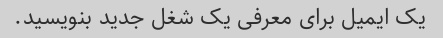
یک ایمیل برای معرفی یک شغل جدید بنویسید.